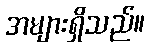
အများရှိသည်။